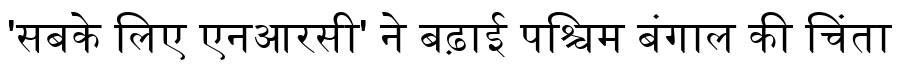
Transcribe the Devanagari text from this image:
'सबके लिए एनआरसी' ने बढ़ाई पश्चिम बंगाल की चिंता